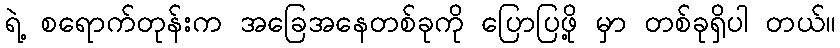
ရဲ့ စရောက်တုန်းက အခြေအနေတစ်ခုကို ပြောပြဖို့ မှာ တစ်ခုရှိပါ တယ်။